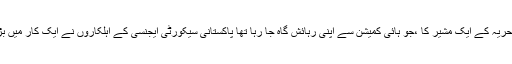
نوٹ میں مزید لکھا گیا تھا کہ اسی دن بحریہ کے ایک مشیر کا ،جو ہائی کمیشن سے اپنی رہائش گاہ جا رہا تھا پاکستانی سیکورٹی ایجنسی کے اہلکاروں نے ایک کار میں بڑے جارحانی طریقہ سے تعاقب کیا تھا۔